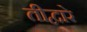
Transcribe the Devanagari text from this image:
तीद्वारे